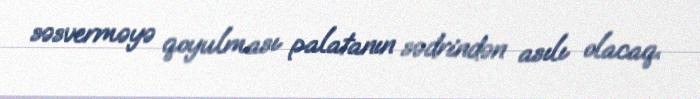
səsverməyə qoyulması palatanın sədrindən asılı olacaq.